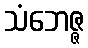
သံဘေဇ္ဇ